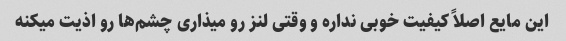
این مایع اصلاً کیفیت خوبی نداره و وقتی لنز رو میذاری چشم‌ها رو اذیت میکنه